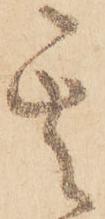
其